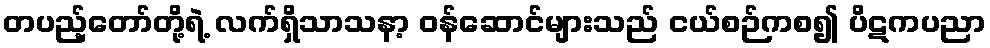
တပည့်တော်တို့ရဲ့ လက်ရှိသာသနာ့ ဝန်ဆောင်များသည် ငယ်စဉ်ကစ၍ ပိဋကပညာ